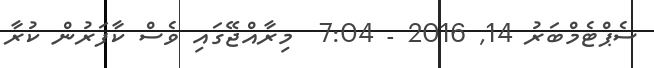
ސެޕްޓެމްބަރު 14